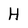
Character: H